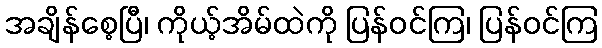
အချိန်စေ့ပြီ၊ ကိုယ့်အိမ်ထဲကို ပြန်ဝင်ကြ၊ ပြန်ဝင်ကြ